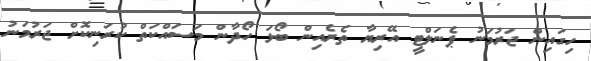
ހިގައިން ޖަރުމަނު ޕެނަލްޓީ އޭރިޔާ ތެރެއިން ބޯޅަ ހޯދާން މަސައްކަތް ކުރަނިކޮށް ޖަރުމަނު